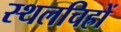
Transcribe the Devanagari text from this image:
स्थलचिह्रों